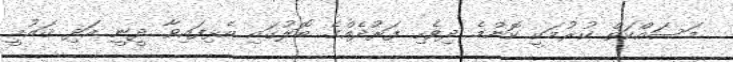
މަސައްކަތް ކުރުމަކީ ކޮންމެ ދިވެހި ފަރުދެއްގެ ބޮލުގައި އެޅިފައިވާ ދީނީ އަދި ޤައުމީ